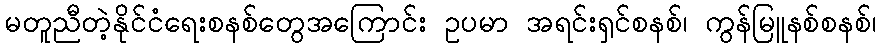
မတူညီတဲ့နိုင်ငံရေးစနစ်တွေအကြောင်း ဥပမာ အရင်းရှင်စနစ်၊ ကွန်မြူနစ်စနစ်၊